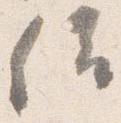
位